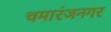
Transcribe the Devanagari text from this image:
चमारंजनगर